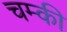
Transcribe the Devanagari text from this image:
चम्की